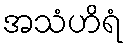
အသံဟိရံ